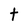
Character: t